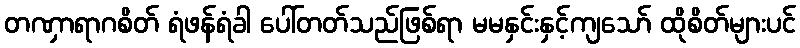
တဏှာရာဂစိတ် ရံဖန်ရံခါ ပေါ်တတ်သည်ဖြစ်ရာ မမနှင်းနှင့်ကျသော် ထိုစိတ်များပင်